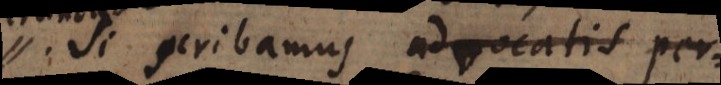
Si scribamus advocatis per